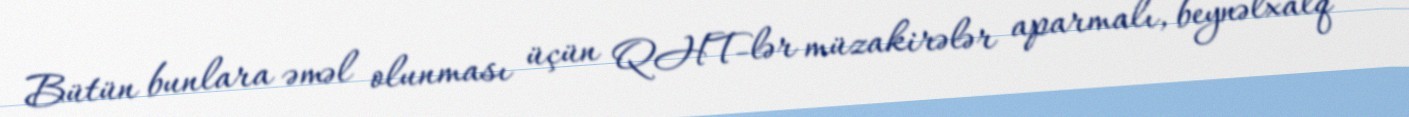
Bütün bunlara əməl olunması üçün QHT-lər müzakirələr aparmalı, beynəlxalq